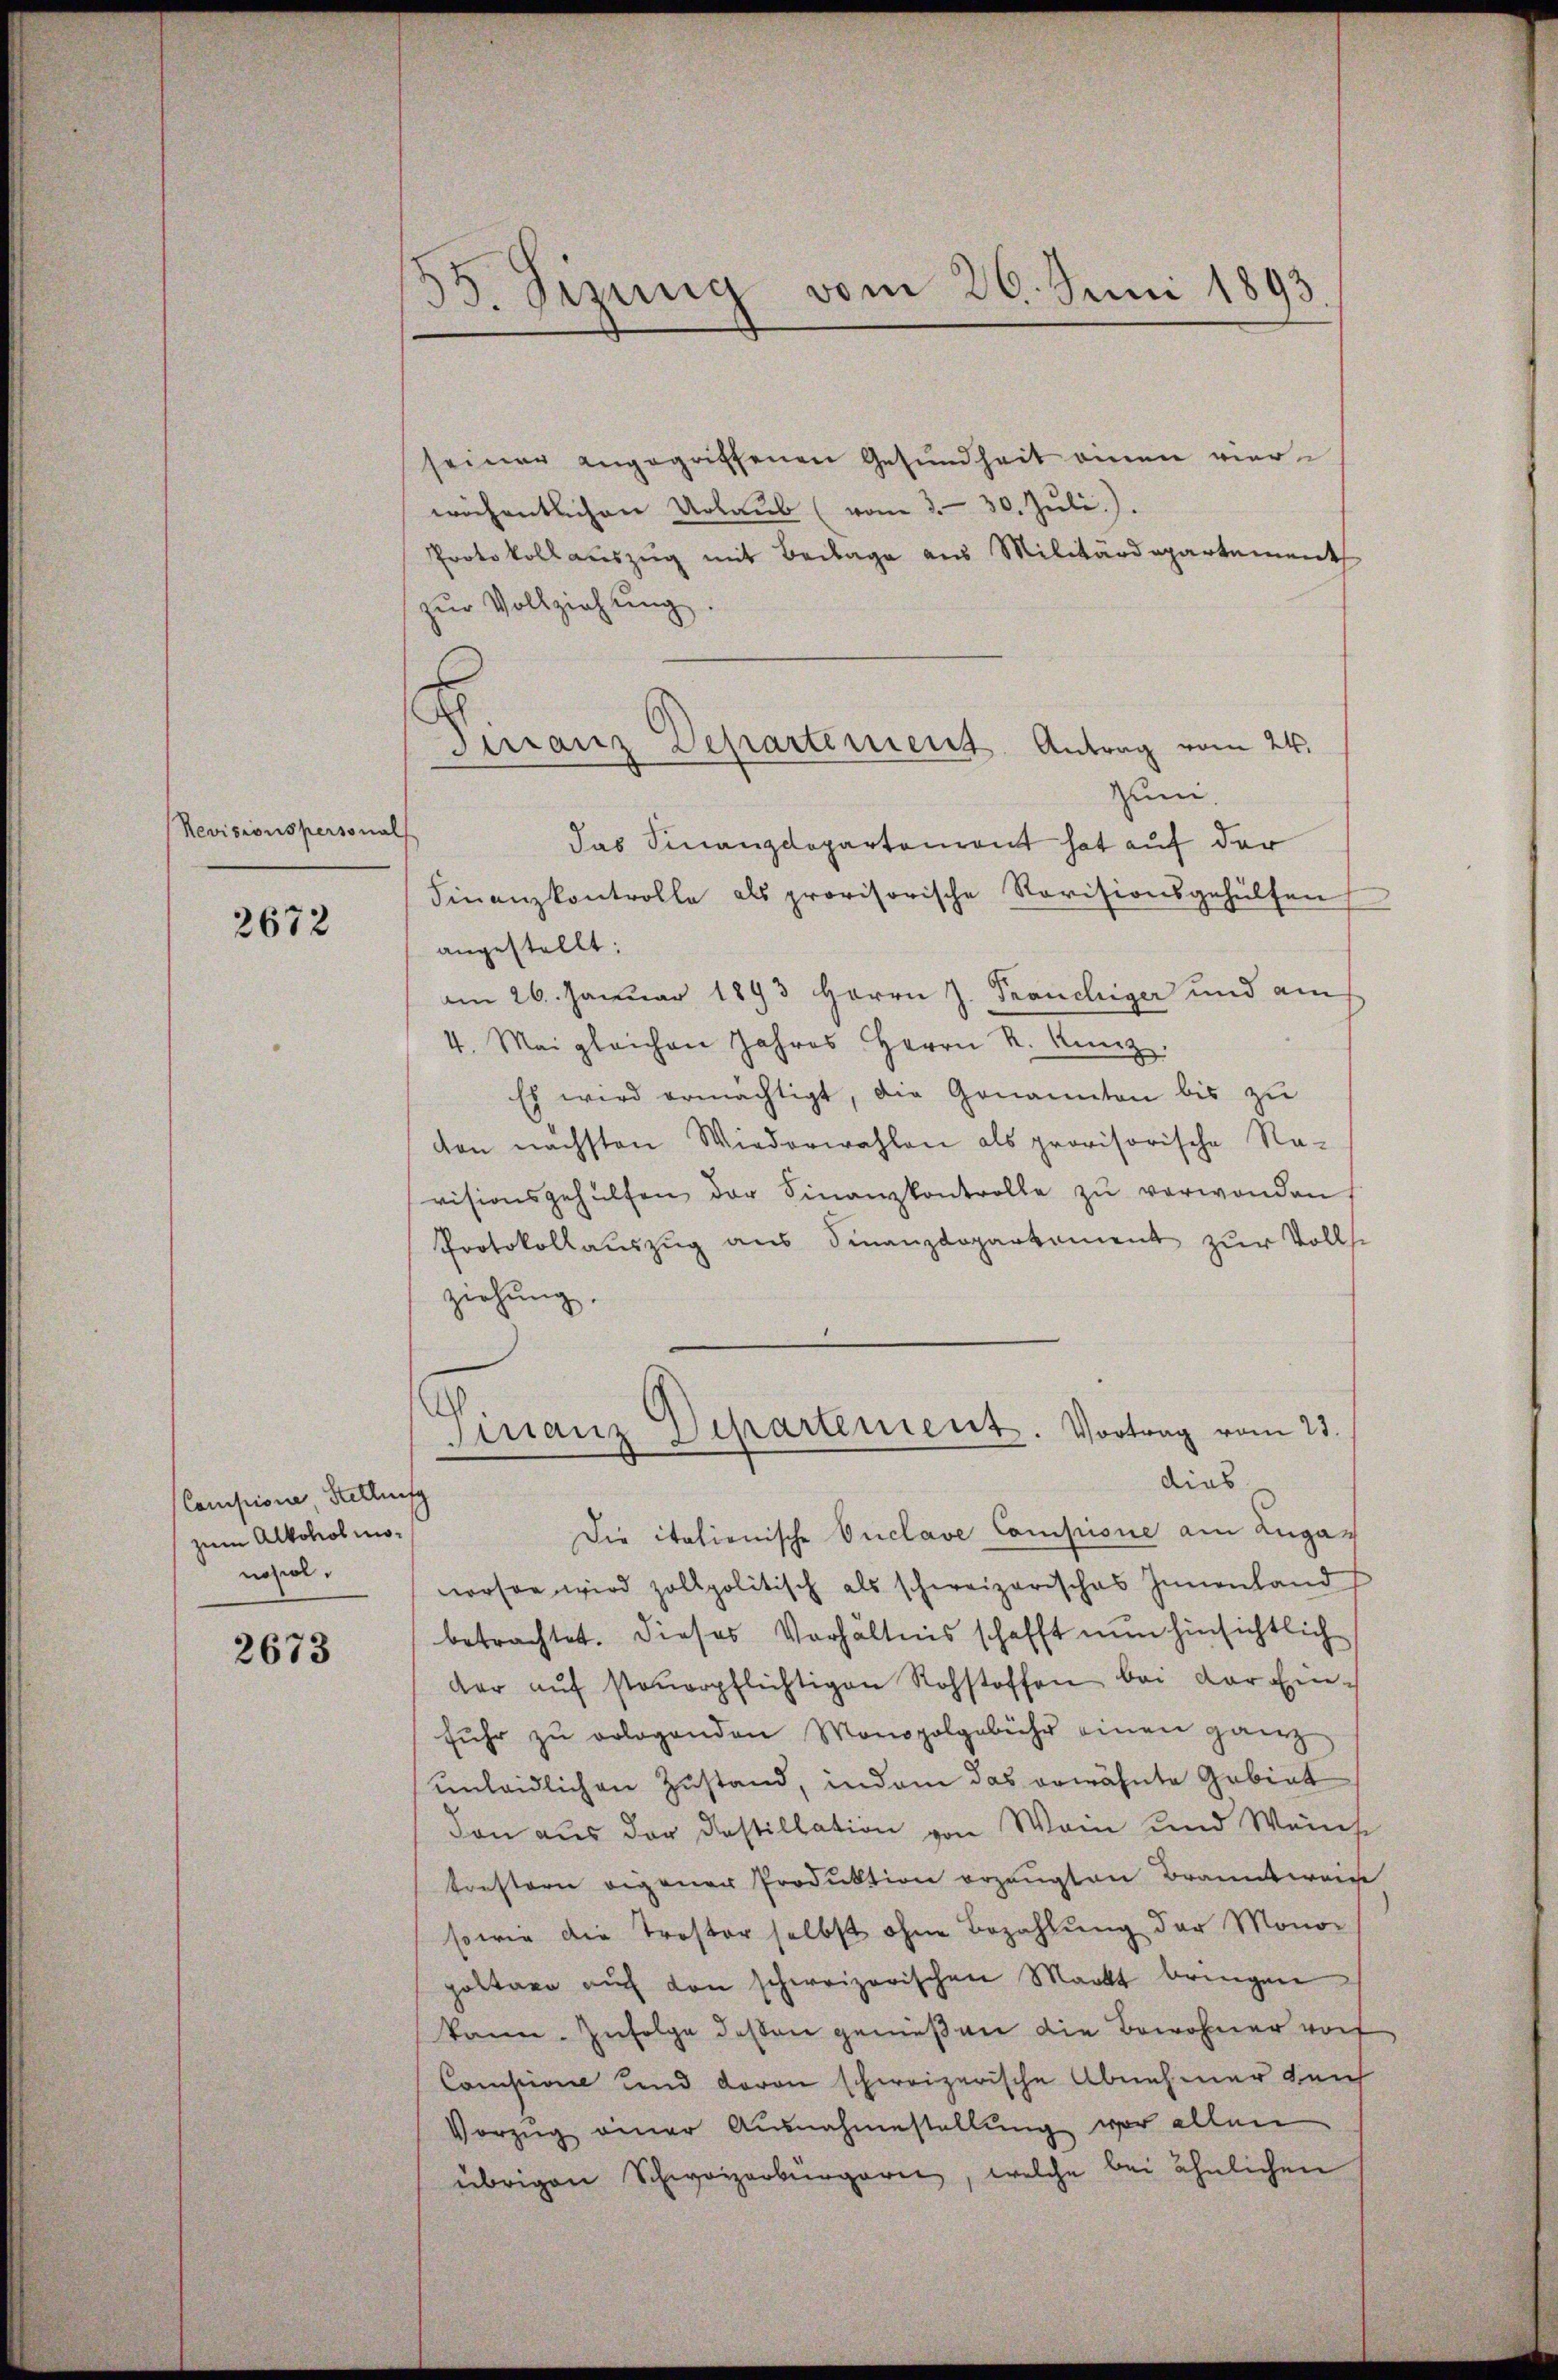
Revisionspersonal

2672

Compione Stellung
zum Alkoholmonoziol

2673

55. Sizung vom 26. Juni 1893.

seiner angegriffenen Gesundheit einen vierwöchentlichen Urlaub (vom 3. - 30. Juli.).
Protokollauszug mit Beilage aus Militärdepartement
zur Vollziehung
das Finanzdepartement hat auf der
Finanzkontrolle als provisorische Revisionsgehülfen
angestellt:
am 26. Januar 1893 Herrn J. Franchiger und am
4. Mai gleichen Jahres Herrn R. Kunz.
Es wird ermächtigt, die Genannten bis zu
von nächsten Wiederwahlen als provisorische Ra-
visionsgehülfen der Finanzkontrolle zŭ verwenden
Protokollauszug aus Finanzdepartement zur Vollst
ziehung.
Finanz Departement. Vortrag vom 23.
dias
Die itationische Onclave Compione am Lugaverson wird zollpolitisch als schweizerisches Innenland
betrachtet. Dieses Verhältnis schafft nun hinsichtlich
dar aŭf steuerpflichtigen Rohstoffen bei der Ein-
fŭhr zŭ erlegenden Monopolgebühr einen ganz
unleidlichen Zustand, indem das erwähnte Gebiet
don aus der dastillation von Wein und Weinse
toestern eigener Produktion erzeugten Branntweise
sowie die Troster selbst ohne Bezahlŭng der Monor
pottare auf den schweizerischen Markt bringen
kann. Zufolge dessen genießen die Bewohner vor
Combinie und davon schweizerische Abnehmer den
Vorzug einer Ausnahmestellung vor allen
übrigen Schweizerbürgern, welche bei ähnlichen

Virranz Departement. Antrag vom 24.
zum.